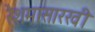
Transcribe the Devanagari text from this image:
रेशमासारखी